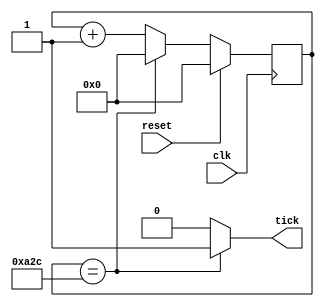
`timescale 1ns / 1ps
//////////////////////////////////////////////////////////////////////////////////
// Company: 
// Engineer: 
// 
// Design Name: 
// Module Name:    tick_gen 
// Project Name: 
// Target Devices: 
// Tool versions: 
// Description: 
//
// Dependencies: 
//
// Revision: 
// Revision 0.01 - File Created
// Additional Comments: 
//
//////////////////////////////////////////////////////////////////////////////////
module tick_gen(
    input reset,
    input clk,
    output tick
    );
parameter max = 2604 ;
reg[31:0]counter;
assign tick=(counter==max)?1'b1:1'b0;
always@(posedge clk)
	if(reset)
		counter<=0;
	else if(counter==max)
		counter<=0;
	else
		counter<=counter+1;
endmodule